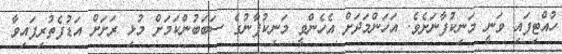
ހުއްޓިފައި ވަނީ މަނިކުފާނަށެވެ. އަހަންމަދަށް އެހެންވީ މަނިކުފާނުގެ ސަބަބުންކަމަށް މުޅި ރަށަށް އަޑުފެތުރިފައިވާ